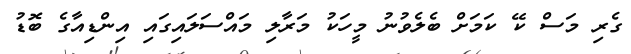
ގެރި މަސް ކޭ ކަމަށް ބެލެވުނު މީހަކު މަރާލި މައްސަލައިގައި އިންޑިއާގެ ބޮޑު